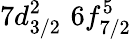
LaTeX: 7d_{3/2}^{2}\, \, 6f_{7/2}^{5}